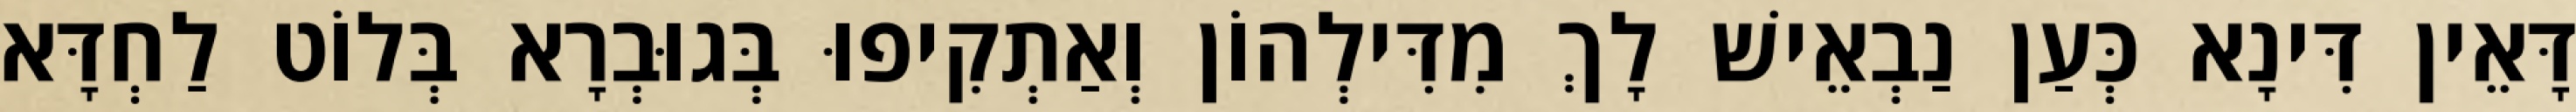
דָּאֵין דִּינָא כְּעַן נַבְאֵישׁ לָךְ מִדִּילְהוֹן וְאַתְקִיפוּ בְּגוּבְרָא בְּלוֹט לַחְדָּא